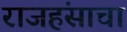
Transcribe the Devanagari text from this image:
राजहंसाचा